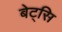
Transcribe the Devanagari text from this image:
बेट्सि